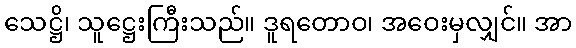
သေဋ္ဌိ၊ သူဋ္ဌေးကြီးသည်။ ဒူရတောဝ၊ အဝေးမှလျှင်။ အာ